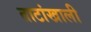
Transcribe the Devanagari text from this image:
ताटांखाली